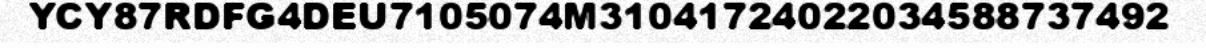
YCY87RDFG4DEU7105074M31041724022034588737492